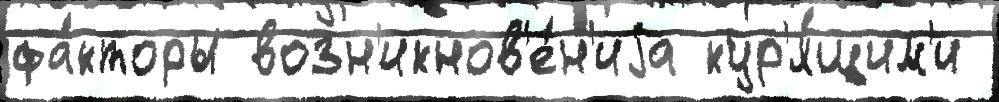
фа́кторы возн'икнов'е́н'иjа кур'я́щим'и